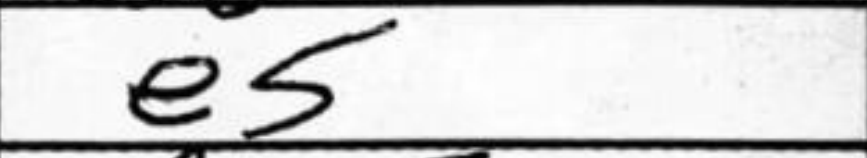
Transcription: e5